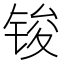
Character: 𮸏